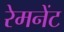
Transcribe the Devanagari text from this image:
रेमनेंट